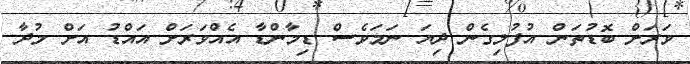
ވަރަށް ބޮޑުތަން އުފުލިގެން ދިޔަ ނަމަވެސް ޑިމާންޑާ އެއްވަރަށް އައްޑު އަށް މުދާ